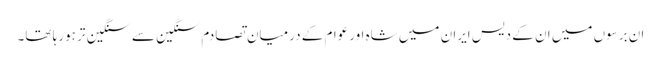
ان برسوں میں ان کے دیس ایران میں شاہ اورعوام کے درمیان تصادم سنگین سے سنگین تر ہورہا تھا۔